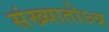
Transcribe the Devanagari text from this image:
संख्यातोऽत्र